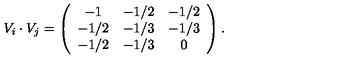
V _ { i } \cdot V _ { j } = \left( \begin{array} { c c c } { - 1 } & { - 1 / 2 } & { - 1 / 2 } \\ { - 1 / 2 } & { - 1 / 3 } & { - 1 / 3 } \\ { - 1 / 2 } & { - 1 / 3 } & { 0 } \\ \end{array} \right) .